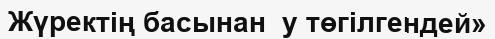
Жүректің басынан  у төгілгендей»